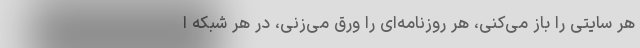
هر سایتی را باز می‌کنی، هر روزنامه‌ای را ورق می‌زنی، در هر شبکه ا